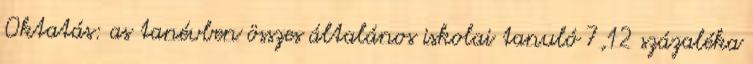
Oktatás: as tanévben összes általános iskolai tanuló 7,12 százaléka